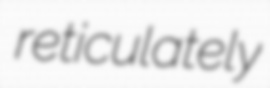
reticulately